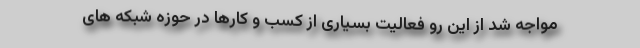
مواجه شد از این رو فعالیت بسیاری از کسب و کارها در حوزه شبکه های